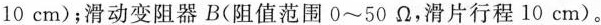
10cm)；滑动变阻器B(阻值范围0~50Ω，滑片行程10cm)。